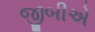
જીબીએ